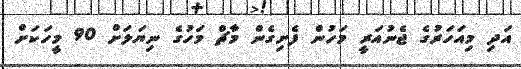
އަދި މިއަހަރުގެ ޖެނުއަރީ މަހުން ފެށިގެން މާޗް މަހުގެ ނިޔަލަށް 90 މީހަކަށް